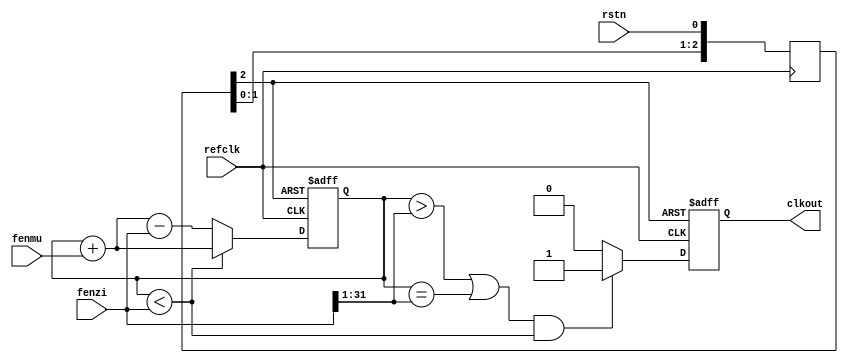
/*
(19/9) * (a+b)=2a+3b ===> a=8, b=1
*/
`timescale 1us/100ns
`define DFF_DLY 20
module clkdiv(
                  output reg   clkout,
                  input        rstn,
                  input        refclk,
                  input [31:0] fenzi,//fenzi/fenmu must equal or more than 2
                  input [31:0] fenmu //fenzi/fenmu must equal or more than 2
);
   reg [2:0]                   rstn_syn;
   reg [31:0]                  cnt;

   //1. reset synchronization;
   //2. indicate that refclk is already stable
   always @(posedge refclk) begin
      rstn_syn[0] <= #`DFF_DLY rstn;
      rstn_syn[1] <= #`DFF_DLY rstn_syn[0];
      rstn_syn[2] <= #`DFF_DLY rstn_syn[1];
   end

   //1. main algorithm
   always @(posedge refclk or negedge rstn_syn[2]) begin
      if(!rstn_syn[2]) cnt <= #`DFF_DLY 0;
      else begin
         if(cnt < fenzi) cnt <= #`DFF_DLY cnt + fenmu;
         else cnt <= #`DFF_DLY cnt + fenmu - fenzi;
      end
   end

   //1. base the above algorithm, deduce clkout
   always @(posedge refclk or negedge rstn_syn[2]) begin
      if(!rstn_syn[2]) clkout <= #`DFF_DLY 0;
      else begin
         if(((cnt > (fenzi>>1)) || (cnt == (fenzi>>1))) && (cnt < fenzi)) clkout <= #`DFF_DLY 1;
         else clkout <= #`DFF_DLY 0;
      end
   end
endmodule